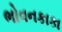
ભોવનકાકા